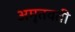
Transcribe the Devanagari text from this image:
अमृतवती